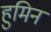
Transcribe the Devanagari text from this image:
हुमिन